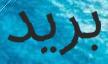
بريد